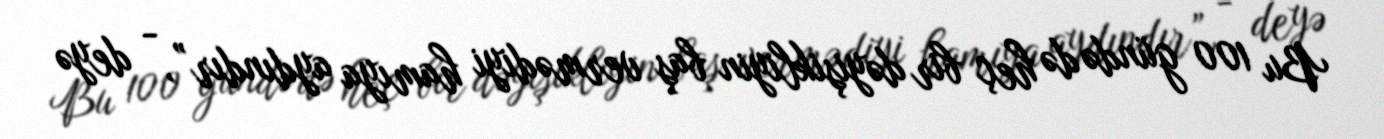
Bu 100 gündə də heç bir dəyişikliyin baş vermədiyi hamıya aydındır”, - deyə